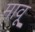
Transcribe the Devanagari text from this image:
मावू